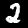
Digit: 2